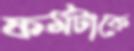
ফর্মটাকে